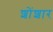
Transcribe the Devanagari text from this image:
शोंशार